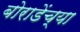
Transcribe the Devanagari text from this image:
बोराडेंच्या